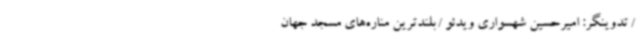
/ تدوینگر:‌ امیرحسین شهسواری ویدئو / بلندترین مناره‌های مسجد جهان